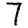
Digit: 7